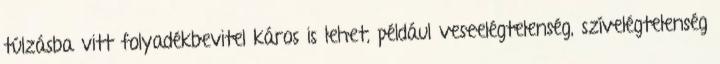
túlzásba vitt folyadékbevitel káros is lehet, például veseelégtelenség, szívelégtelenség